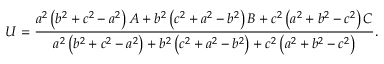
U = { \frac { a ^ { 2 } \left( b ^ { 2 } + c ^ { 2 } - a ^ { 2 } \right) A + b ^ { 2 } \left( c ^ { 2 } + a ^ { 2 } - b ^ { 2 } \right) B + c ^ { 2 } \left( a ^ { 2 } + b ^ { 2 } - c ^ { 2 } \right) C } { a ^ { 2 } \left( b ^ { 2 } + c ^ { 2 } - a ^ { 2 } \right) + b ^ { 2 } \left( c ^ { 2 } + a ^ { 2 } - b ^ { 2 } \right) + c ^ { 2 } \left( a ^ { 2 } + b ^ { 2 } - c ^ { 2 } \right) } } .